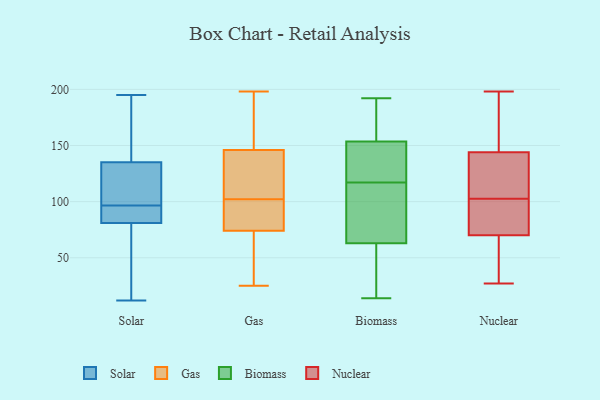
{"axis": {"x": "Backlog", "y": "Value"}, "legend": ["Biomass", "Gas", "Nuclear", "Solar"], "data": [{"x": "", "y": 12, "type": "Solar"}, {"x": "", "y": 59, "type": "Solar"}, {"x": "", "y": 90, "type": "Solar"}, {"x": "", "y": 63, "type": "Solar"}, {"x": "", "y": 116, "type": "Solar"}, {"x": "", "y": 91, "type": "Solar"}, {"x": "", "y": 135, "type": "Solar"}, {"x": "", "y": 103, "type": "Solar"}, {"x": "", "y": 171, "type": "Solar"}, {"x": "", "y": 90, "type": "Solar"}, {"x": "", "y": 81, "type": "Solar"}, {"x": "", "y": 102, "type": "Solar"}, {"x": "", "y": 195, "type": "Solar"}, {"x": "", "y": 172, "type": "Solar"}, {"x": "", "y": 43, "type": "Solar"}, {"x": "", "y": 130, "type": "Solar"}, {"x": "", "y": 90, "type": "Solar"}, {"x": "", "y": 146, "type": "Solar"}, {"x": "", "y": 25, "type": "Gas"}, {"x": "", "y": 198, "type": "Gas"}, {"x": "", "y": 58, "type": "Gas"}, {"x": "", "y": 136, "type": "Gas"}, {"x": "", "y": 103, "type": "Gas"}, {"x": "", "y": 74, "type": "Gas"}, {"x": "", "y": 85, "type": "Gas"}, {"x": "", "y": 38, "type": "Gas"}, {"x": "", "y": 88, "type": "Gas"}, {"x": "", "y": 195, "type": "Gas"}, {"x": "", "y": 102, "type": "Gas"}, {"x": "", "y": 74, "type": "Gas"}, {"x": "", "y": 149, "type": "Gas"}, {"x": "", "y": 113, "type": "Gas"}, {"x": "", "y": 93, "type": "Gas"}, {"x": "", "y": 197, "type": "Gas"}, {"x": "", "y": 145, "type": "Gas"}, {"x": "", "y": 166, "type": "Biomass"}, {"x": "", "y": 113, "type": "Biomass"}, {"x": "", "y": 192, "type": "Biomass"}, {"x": "", "y": 70, "type": "Biomass"}, {"x": "", "y": 123, "type": "Biomass"}, {"x": "", "y": 56, "type": "Biomass"}, {"x": "", "y": 187, "type": "Biomass"}, {"x": "", "y": 14, "type": "Biomass"}, {"x": "", "y": 121, "type": "Biomass"}, {"x": "", "y": 38, "type": "Biomass"}, {"x": "", "y": 141, "type": "Biomass"}, {"x": "", "y": 70, "type": "Biomass"}, {"x": "", "y": 166, "type": "Nuclear"}, {"x": "", "y": 125, "type": "Nuclear"}, {"x": "", "y": 108, "type": "Nuclear"}, {"x": "", "y": 59, "type": "Nuclear"}, {"x": "", "y": 98, "type": "Nuclear"}, {"x": "", "y": 27, "type": "Nuclear"}, {"x": "", "y": 32, "type": "Nuclear"}, {"x": "", "y": 58, "type": "Nuclear"}, {"x": "", "y": 81, "type": "Nuclear"}, {"x": "", "y": 160, "type": "Nuclear"}, {"x": "", "y": 105, "type": "Nuclear"}, {"x": "", "y": 128, "type": "Nuclear"}, {"x": "", "y": 100, "type": "Nuclear"}, {"x": "", "y": 198, "type": "Nuclear"}, {"x": "", "y": 91, "type": "Nuclear"}, {"x": "", "y": 161, "type": "Nuclear"}]}